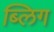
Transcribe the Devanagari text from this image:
ब्लिग